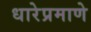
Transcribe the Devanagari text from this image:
धारेप्रमाणे